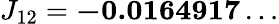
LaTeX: J_{12}=\mathbf{-0.0164917\dots}